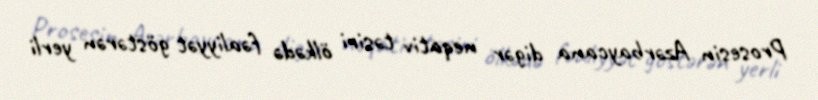
Prosesin Azərbaycana digər neqativ təsiri ölkədə fəaliyyət göstərən yerli